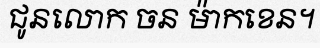
ជូនលោក ចន ម៉ាកខេន។